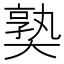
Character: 𡙰